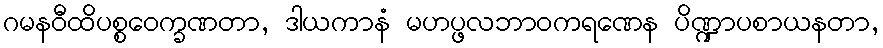
ဂမနဝီထိပစ္စဝေက္ခဏတာ, ဒါယကာနံ မဟပ္ဖလဘာဝကရဏေန ပိဏ္ဍာပစာယနတာ,